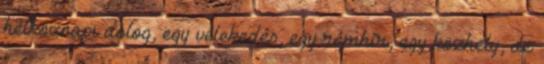
hétköznapi dolog, egy vélekedés, egy rémhír, egy közhely, de